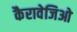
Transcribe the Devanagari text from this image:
कैरावेजिओ